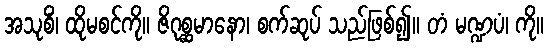
အသုစိံ၊ ထိုမစင်ကို။ ဇိဂုစ္ဆမာနော၊ စက်ဆုပ် သည်ဖြစ်၍။ တံ မဏ္ဍပံ၊ ကို။